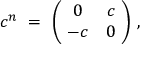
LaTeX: c ^ { n } \ = \ \left( \! \begin{array} { c c } { { 0 } } & { { c } } \\ { { - c } } & { { 0 } } \end{array} \! \right) \, ,